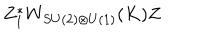
LaTeX: Z _ { 1 } ^ { * } W _ { S U ( 2 ) \otimes U ( 1 ) } ( K ) Z